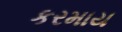
કરમાય